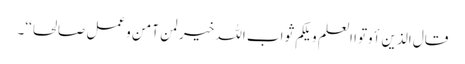
قال الذین أوتوا العلم ویلکم ثواب اللہ خیر لمن آمن وعمل صالحا‘‘۔